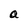
Character: a